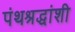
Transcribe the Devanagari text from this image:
पंथश्रद्धांशी